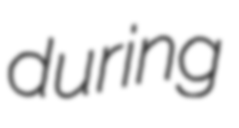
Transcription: during